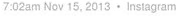
7:02am Nov 15. 2013 . Instagram